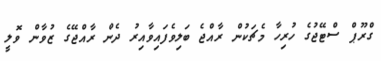
ގްރޫޕް ސްޓޭޖުގެ ހުރިހާ މެޗަކުން ރާއްޖެ ބަލިވެފައިވާއިރު ދެން ރާއްޖޭގެ ޒުވާން ވޮލީ